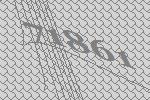
71861